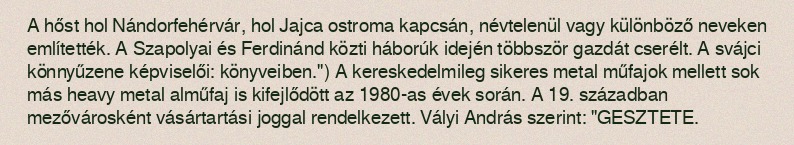
A hőst hol Nándorfehérvár, hol Jajca ostroma kapcsán, névtelenül vagy különböző neveken említették. A Szapolyai és Ferdinánd közti háborúk idején többször gazdát cserélt. A svájci könnyűzene képviselői: könyveiben.") A kereskedelmileg sikeres metal műfajok mellett sok más heavy metal alműfaj is kifejlődött az 1980-as évek során. A 19. században mezővárosként vásártartási joggal rendelkezett. Vályi András szerint: "GESZTETE.